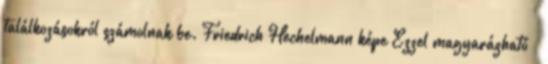
találkozásokról számolnak be. Friedrich Hechelmann képe Ezzel magyarázható –